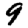
Digit: 9